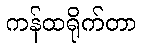
ကန်ထရိုက်တာ